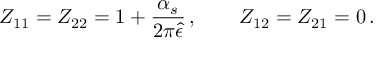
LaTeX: Z _ { 1 1 } = Z _ { 2 2 } = 1 + { \frac { \alpha _ { s } } { 2 \pi \hat { \epsilon } } } \, , \qquad Z _ { 1 2 } = Z _ { 2 1 } = 0 \, .